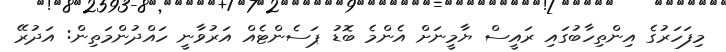
މިފަހަރުގެ އިންތިހާބުގައި ރައީސް ޔާމީނަށް އެންމެ ބޮޑު ޕަސެންޓެއް އަރުވާނީ ހައްދުންމަތިން: އަދުރޭ